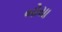
બોયા